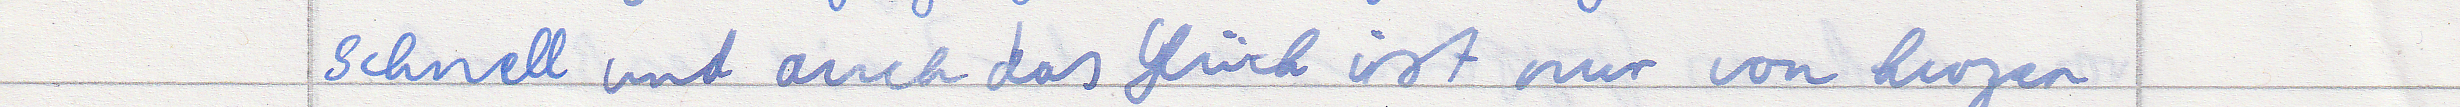
schnell und auch das Glück ist nur von kurzer